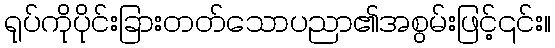
ရုပ်ကိုပိုင်းခြားတတ်သောပညာ၏အစွမ်းဖြင့်၎င်း။